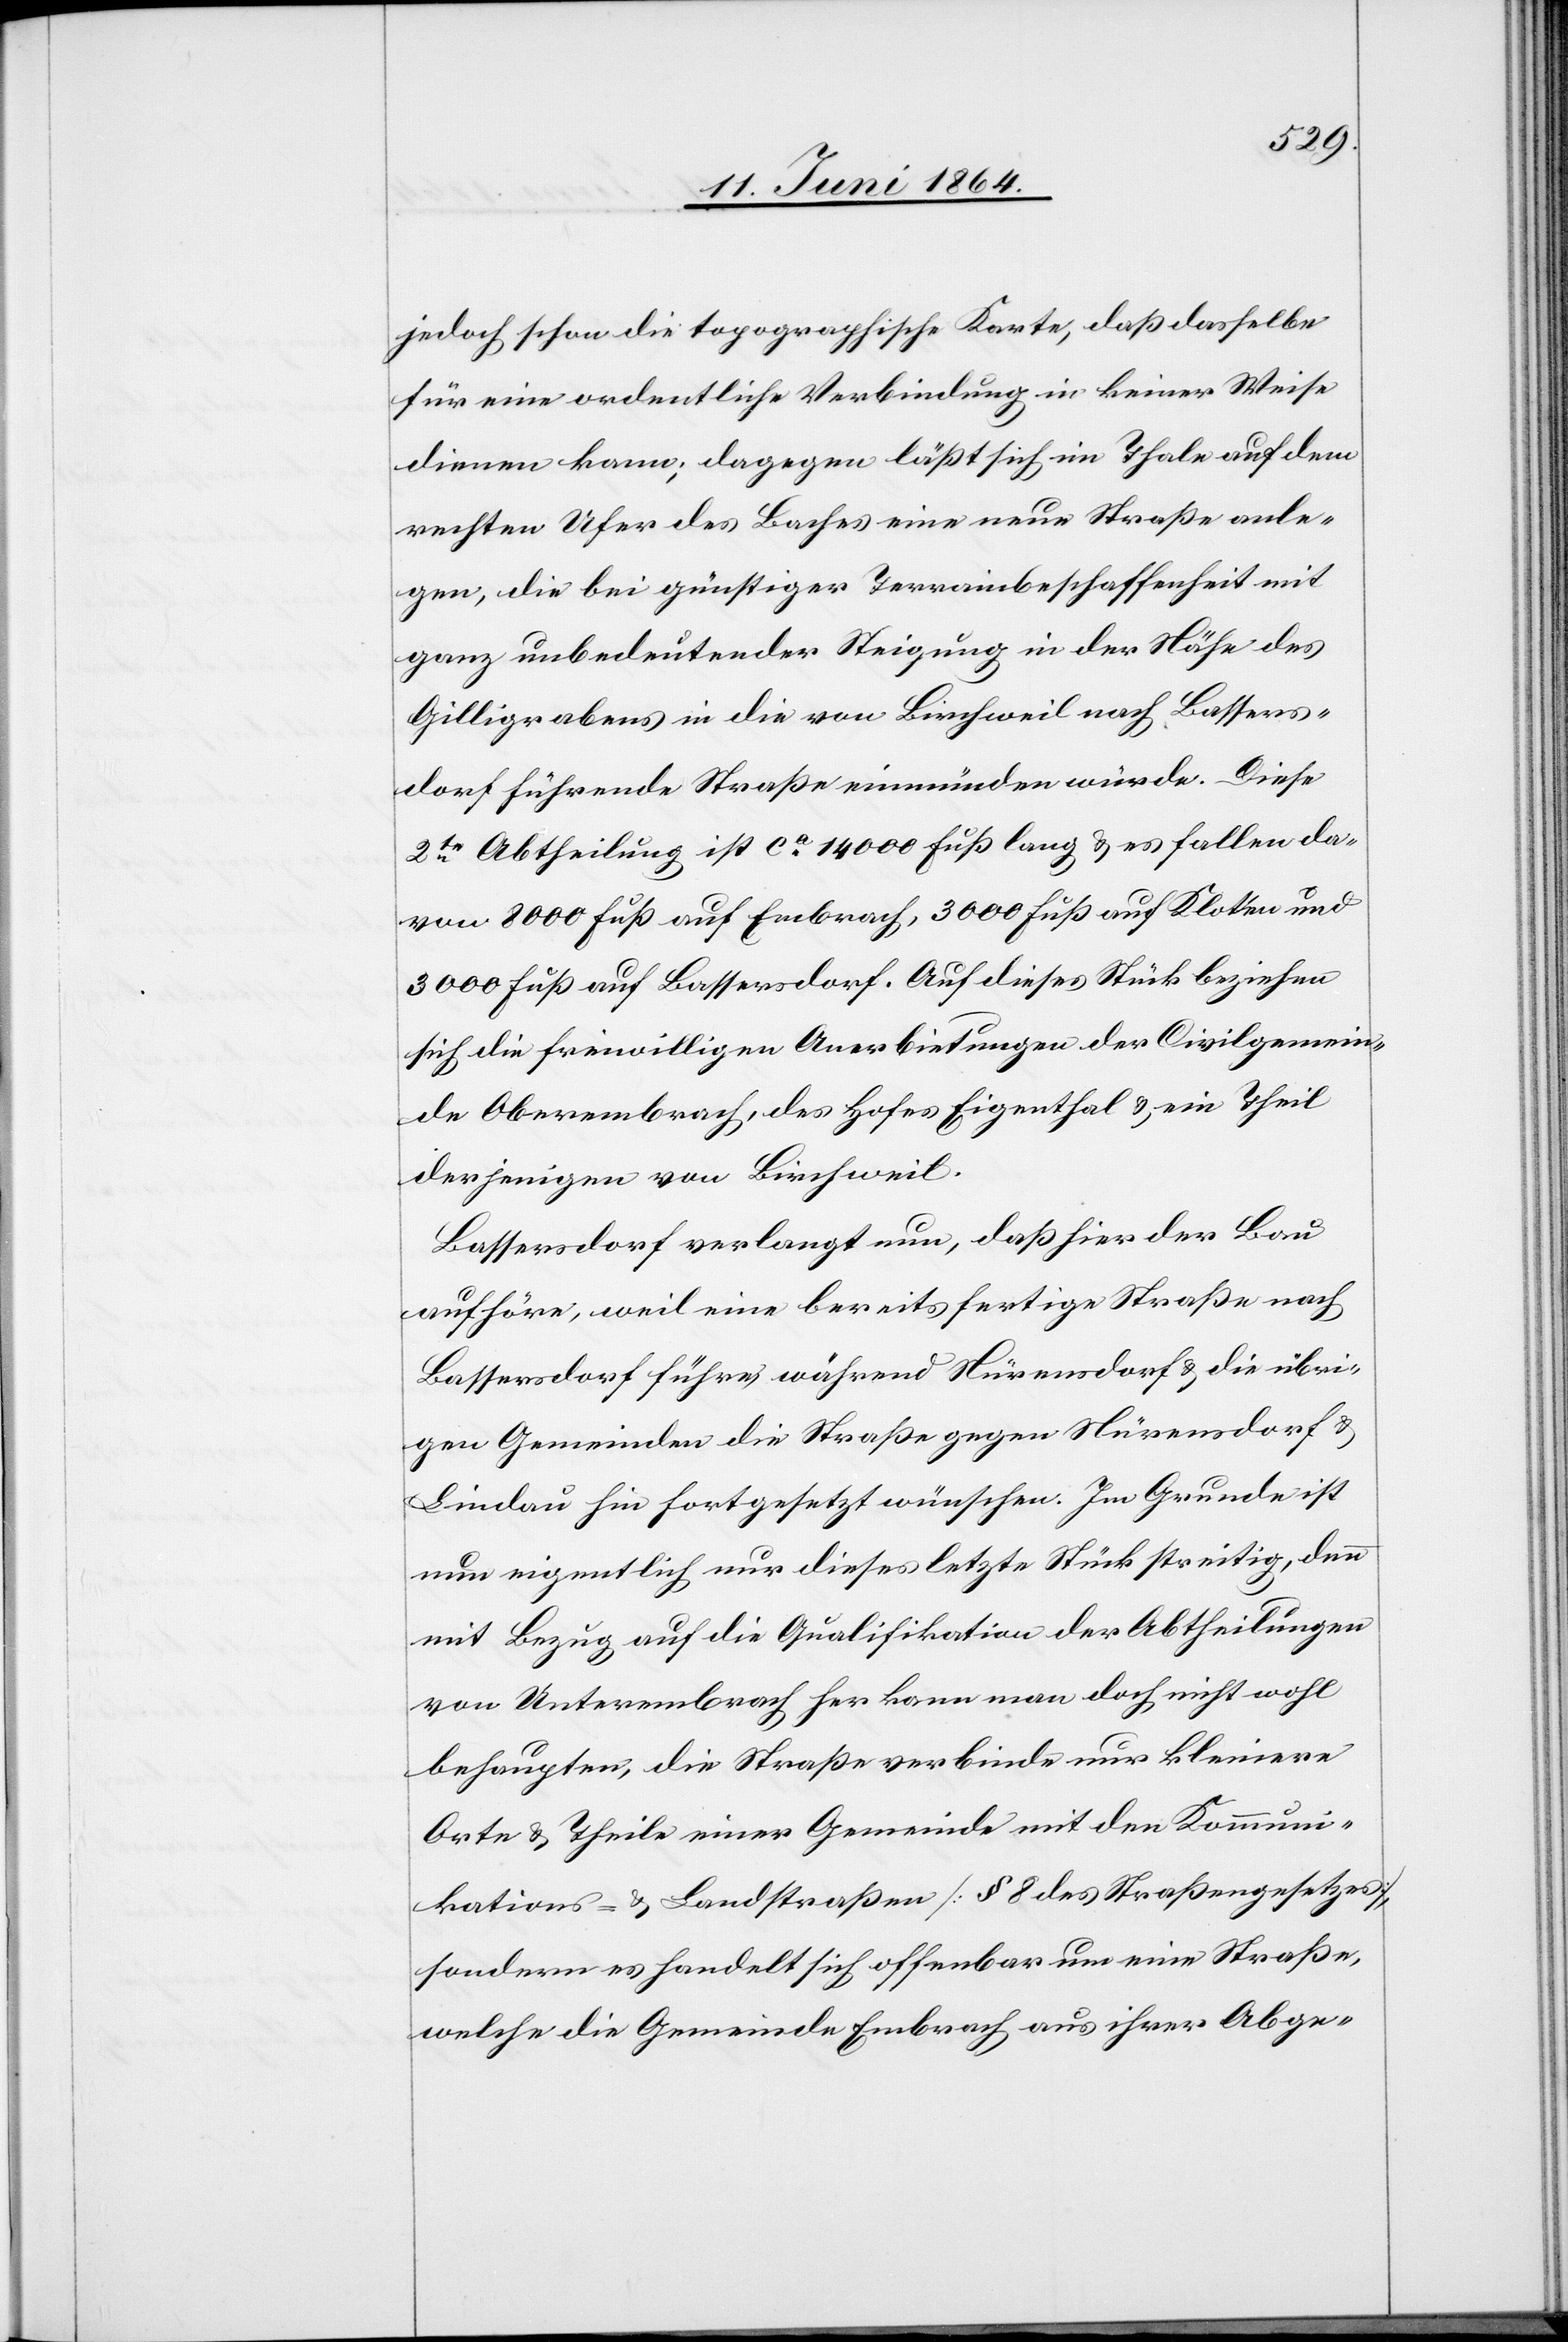
jedoch schon die topographische Karte, daß dasselbe
für eine ordentliche Verbindung in keiner Weise
dienen kann; dagegen läßt sich im Thale auf dem
rechten Ufer des Baches eine neue Straße anle¬
gen, die bei günstiger Terrainbeschaffenheit mit
ganz unbedeutender Steigung in der Nähe des
Gilligrabens in die von Birchweil nach Bassers¬
dorf führende Straße einmünden würde. Diese
2te Abtheilung ist ca 14 000 Fuß lang u. es fallen da¬
von 8000 Fuß auf Embrach, 3000 Fuß auf Kloten und
3000 Fuß auf Bassersdorf. Auf dieses Stück beziehen
sich die freiwilligen Anerbietungen der Civilgemein¬
de Oberembrach, des Hofes Eigenthal u. ein Theil
derjenigen von Birchweil.
Bassersdorf verlangt nun, daß hier der Bau
aufhöre, weil eine bereits fertige Straße nach
Bassersdorf führe, während Nürensdorf u. die übri¬
gen Gemeinden die Straße gegen Nürensdorf u.
Lindau hin fortgesetzt wünschen. Im Grunde ist
nun eigentlich nur dieses letzte Stück streitig, denn
mit Bezug auf die Qualifikation der Abtheilungen
von Unterembrach her kann man doch nicht wohl
behaupten, die Straße verbinde nur kleinere
Orte u. Theile einer Gemeinde mit den Kommuni¬
kations- u. Landstraßen [§ 8 des Straßengesetzes],
sondern es handelt sich offenbar um eine Straße,
welche die Gemeinde Embrach aus ihrer Abge-